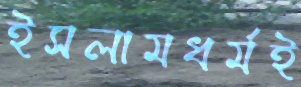
ইসলামধর্মই